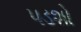
પડશો